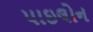
પાઇલોન